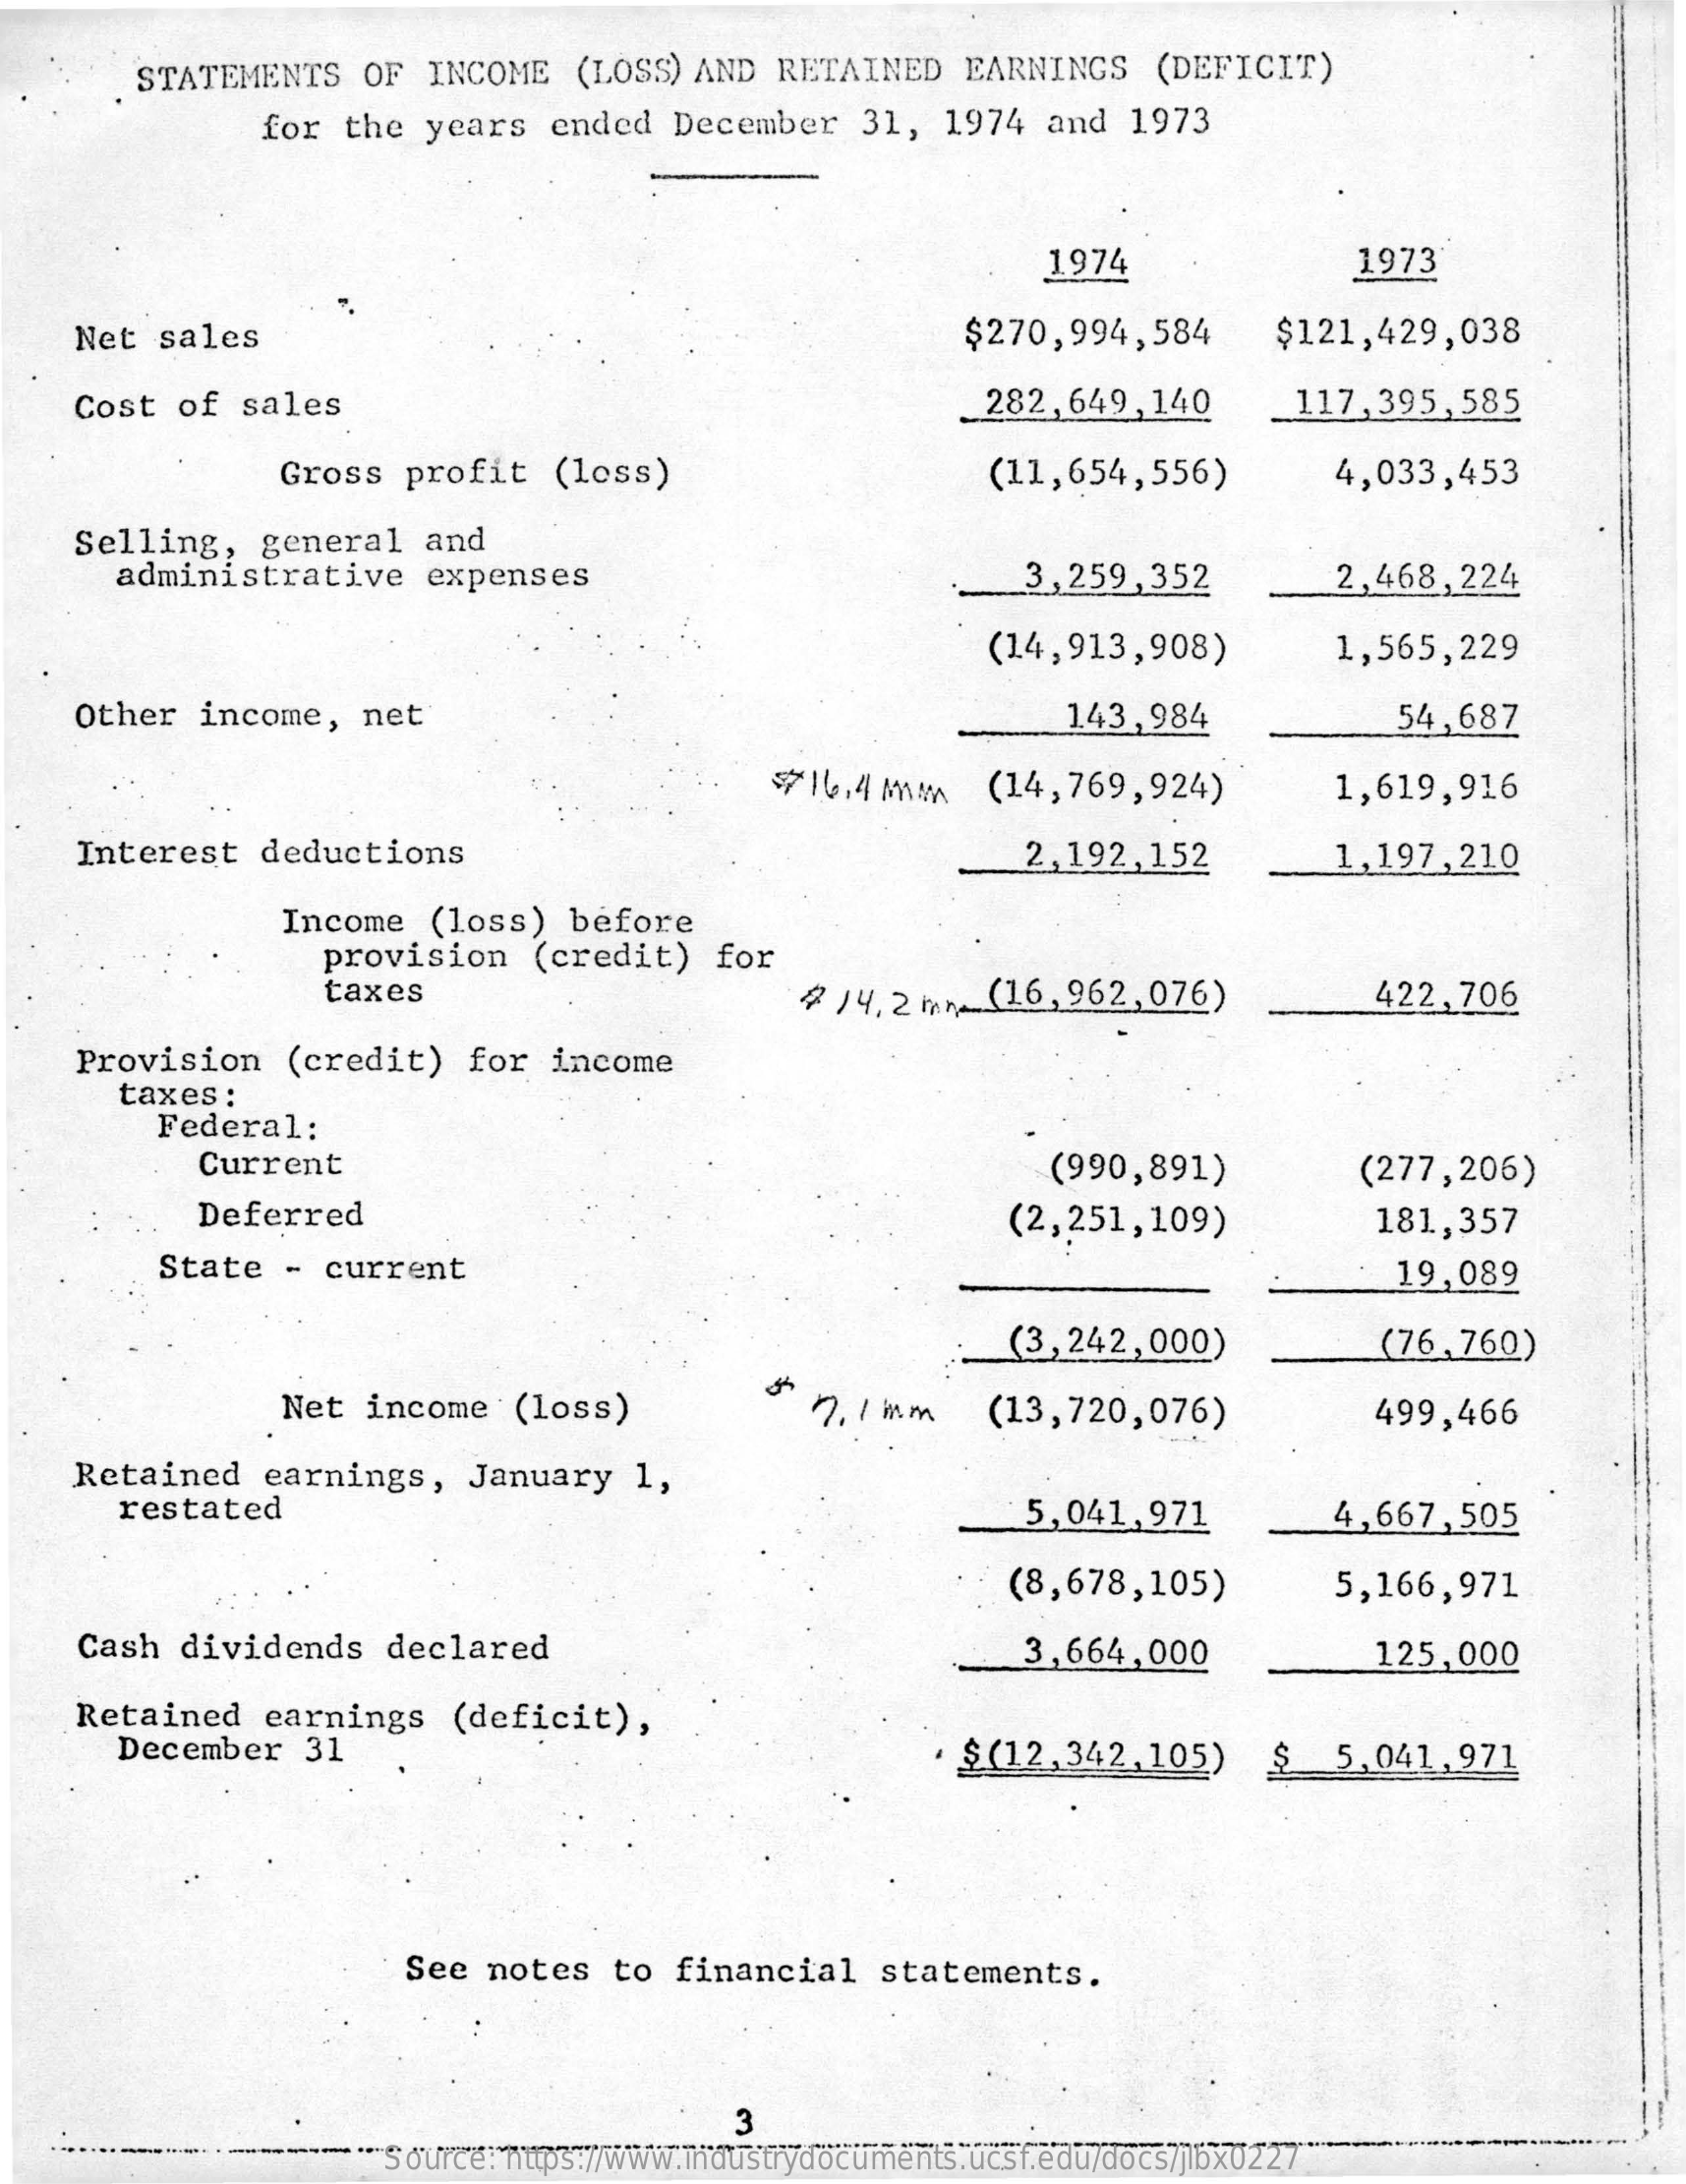
STATEMENTS    OF  INCOME    (LOSS) AND   RETAINED    EARNINGS    (DEFICIT)
     for  the  years   ended   December    31,   1974  and   1973
     1974    1973
     Net  sales    $270,994,584    $121,429,038
     Cost  of  sales    282,649,140    117,395,585
     Gross   profit   (less)    (11,654,556)    4,033,453
    Selling,    general    and
     administrative    expenses    3,259,352    2,468,224
     (14,913,908)    1,565,229
    Other   income,    net    143,984    54,687
     716.4 MM    (14,769,924)    1,619,916
     Interest   deductions    2,192,152    1,197,210
     Income   (loss)   before
     provision    (credit)    for
     taxes    ₽ 14, 27   (16,962,076)    422,706
     Provision    (credit)    for  income
     taxes :
     Federal:
     Current    (990,891)    (277,206)
     Deferred    (2,251,109)    181,357
     State   - current    19,089
     (3,242,000)    (76,760)
     Net  income    (loss)    7.1 mm    (13,720,076)    499,466
     Retained    earnings,    January    1,
     restated    5,041,971    4,667,505
     (8,678,105)    5,166,971
     Cash  dividends    declared    3,664,000    125,000
     Retained    earnings    (deficit),
     December    31    $ (12,342,105)    $   5,041,971
     See  notes   to  financial    statements.
     Source: https://www.industrydocuments.ucsf.edu/docs/jlbx0227